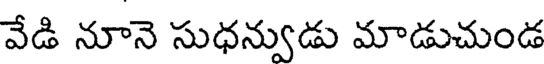
వేడి నూనె సుధన్వుడు మాడుచుండ